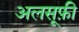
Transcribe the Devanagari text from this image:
अलसूफ़ी